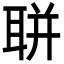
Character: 聠